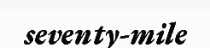
seventy-mile